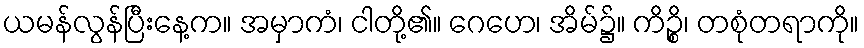
ယမန်လွန်ပြီးနေ့က။ အမှာကံ၊ ငါတို့၏။ ဂေဟေ၊ အိမ်၌။ ကိဉ္စိ၊ တစုံတရာကို။